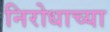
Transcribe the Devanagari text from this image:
निरोधाच्या